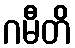
ဂမီတိ